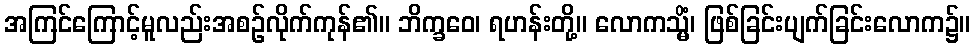
အကြင်ကြောင့်မူလည်းအစဉ်လိုက်ကုန်၏။ ဘိက္ခဝေ၊ ရဟန်းတို့။ လောကသ္မိံ၊ ဖြစ်ခြင်းပျက်ခြင်းလောက၌။